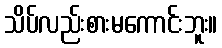
သိပ်လည်းစားမကောင်းဘူး။